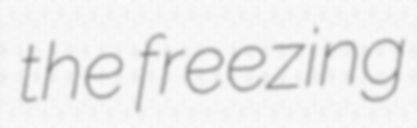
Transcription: the freezing